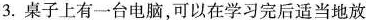
3.桌子上有一台电脑，可以在学习完后适当地放